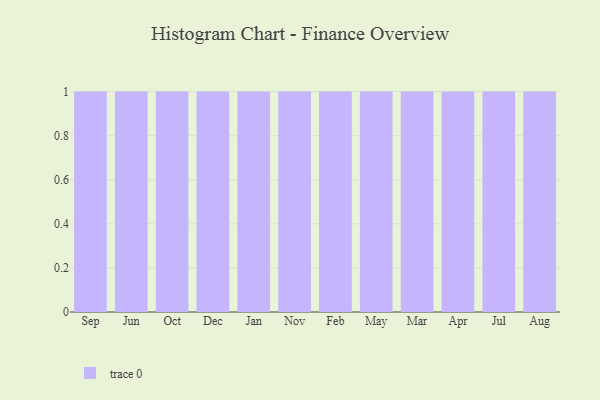
{"axis": {"x": "Month", "y": "Conversion Rate (%)"}, "legend": [""], "data": [{"x": "Sep", "y": 75, "type": ""}, {"x": "Jun", "y": 97, "type": ""}, {"x": "Oct", "y": 47, "type": ""}, {"x": "Dec", "y": 27, "type": ""}, {"x": "Jan", "y": 13, "type": ""}, {"x": "Nov", "y": 65, "type": ""}, {"x": "Feb", "y": 55, "type": ""}, {"x": "May", "y": 89, "type": ""}, {"x": "Mar", "y": 76, "type": ""}, {"x": "Apr", "y": 53, "type": ""}, {"x": "Jul", "y": 76, "type": ""}, {"x": "Aug", "y": 14, "type": ""}]}